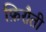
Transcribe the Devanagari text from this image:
फ़िरौती